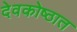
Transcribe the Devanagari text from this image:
देवकोष्ठात